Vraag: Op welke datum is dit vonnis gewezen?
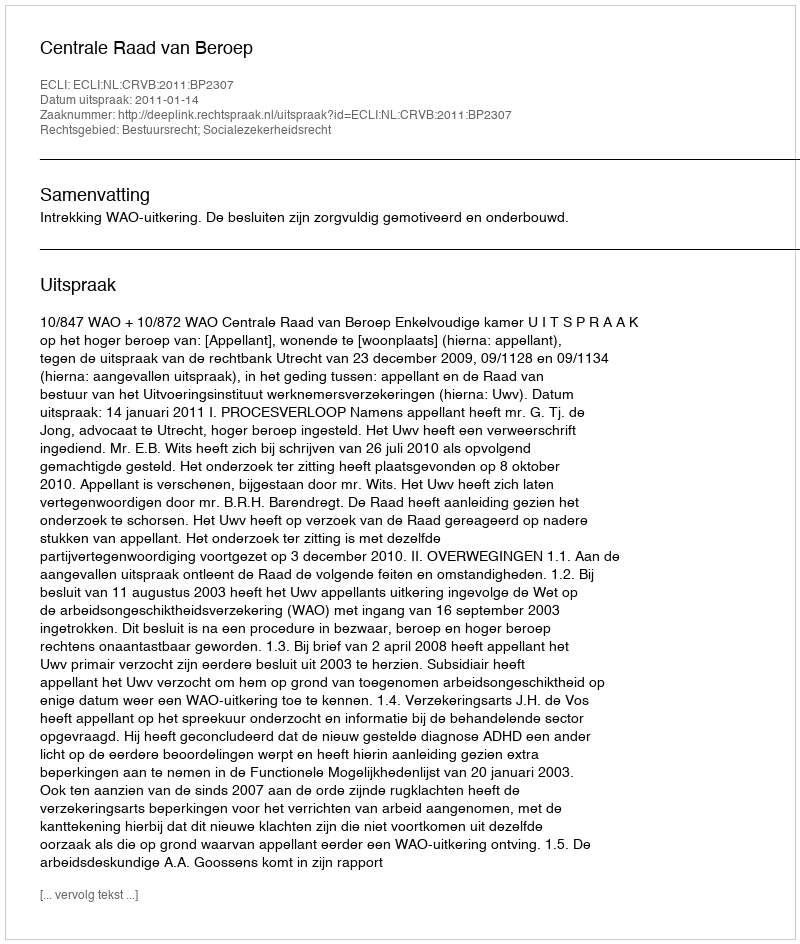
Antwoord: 2011-01-14